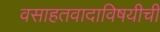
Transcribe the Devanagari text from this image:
वसाहतवादाविषयीची